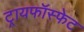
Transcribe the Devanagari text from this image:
ट्रायफॉस्फेट